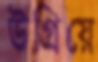
উগ্‌রিয়ে